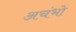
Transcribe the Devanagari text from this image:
अचंभो